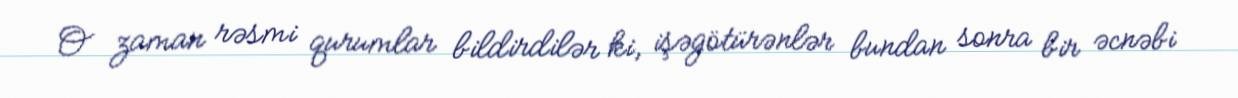
O zaman rəsmi qurumlar bildirdilər ki, işəgötürənlər bundan sonra bir əcnəbi